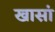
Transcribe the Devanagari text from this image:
खासां